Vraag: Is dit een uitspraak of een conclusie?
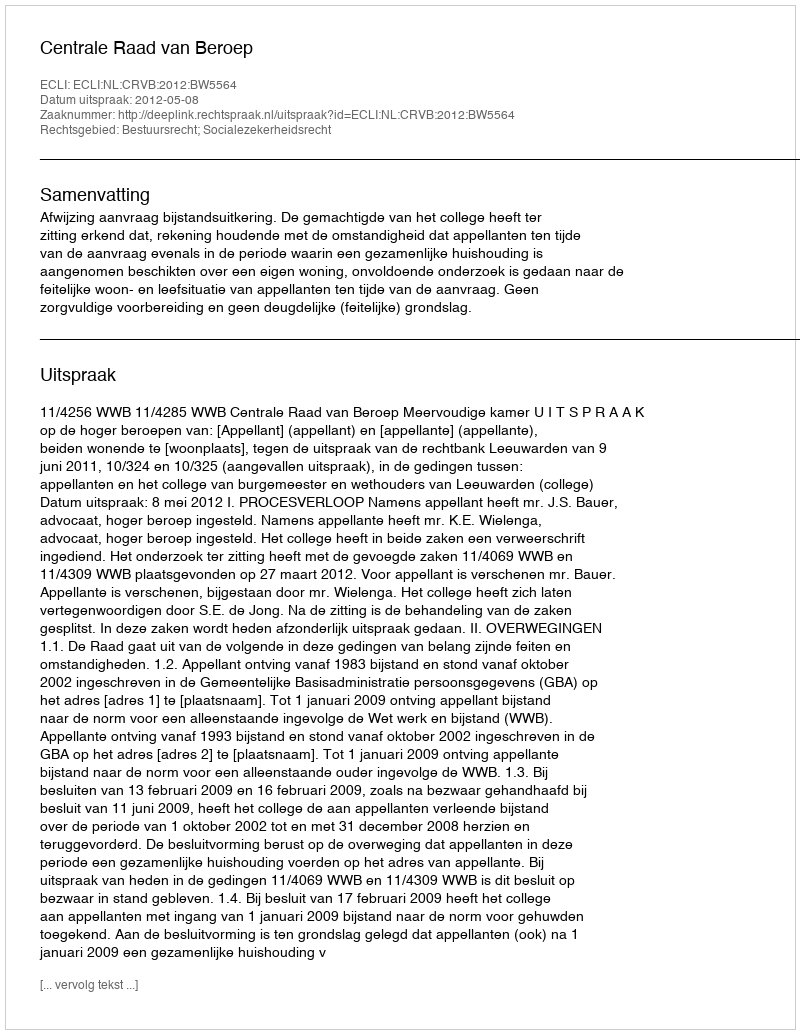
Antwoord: Uitspraak